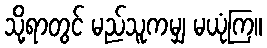
သို့ရာတွင် မည်သူကမျှ မယုံကြ။